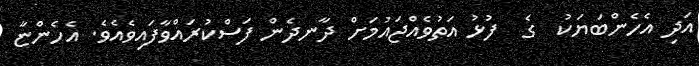
އަދި އެހެންބަޔަކު  ގެ  ފުޅު އަތުވެއްޖައުމަށް ދާނދެން ފަސްކުރައްވާފައިވެއެވެ. އެހެންޏާ